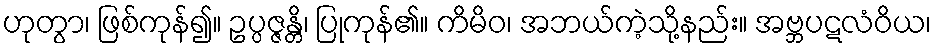
ဟုတွာ၊ ဖြစ်ကုန်၍။ ဥပ္ပဇ္ဇန္တိ၊ ပြုကုန်၏။ ကိမိဝ၊ အဘယ်ကဲ့သို့နည်း။ အဗ္ဘပဋလံဝိယ၊